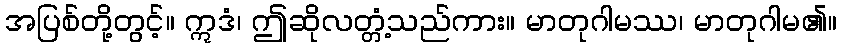
အပြစ်တို့တွင့်။ ဣဒံ၊ ဤဆိုလတ္တံ့သည်ကား။ မာတုဂါမဿ၊ မာတုဂါမ၏။